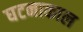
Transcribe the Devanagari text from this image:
घटनाकाल